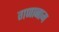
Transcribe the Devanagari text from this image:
गणानाम